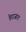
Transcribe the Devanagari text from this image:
डेराजाट